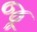
જૂ